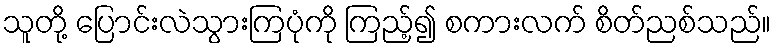
သူတို့ ပြောင်းလဲသွားကြပုံကို ကြည့်၍ စကားလက် စိတ်ညစ်သည်။